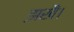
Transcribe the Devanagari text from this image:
झखैं।